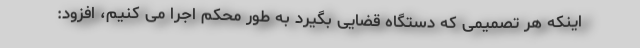
اینکه هر تصمیمی که دستگاه قضایی بگیرد به طور محکم اجرا می کنیم، افزود: